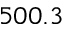
5 0 0 . 3